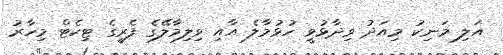
އަލި މަނިކު މިއަދު ވިދާޅުވީ ހުޅުމާލެ އާއި ވިލިމާލޭގެ ފެރީގެ ޓިކެޓް މިހާރު